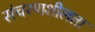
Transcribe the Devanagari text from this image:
संचरणशीलता